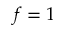
f = 1